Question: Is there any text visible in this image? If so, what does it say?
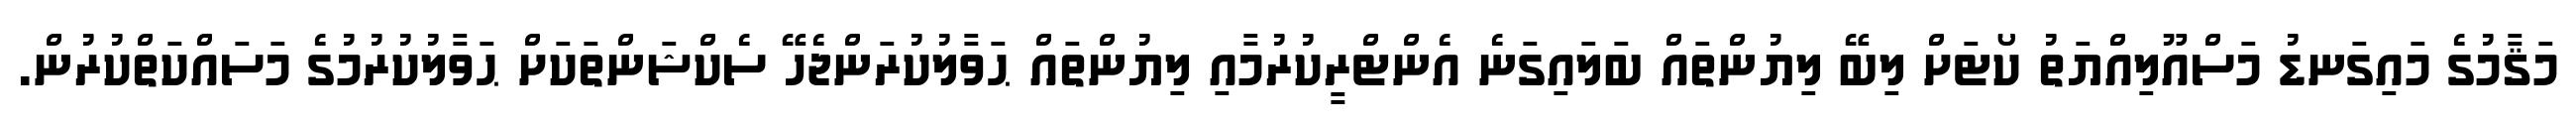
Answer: މަޤާމުގެ މައިގަނޑު މަސްއޫލިއްޔަތު ކޯޓަށް ލިބޭ ލިޔުންތައް ބަލައިގަނެ އެންޓްރީކުރުމާއި ލިޔުންތައް ޙަވާލުކުރަންޖެހޭ ސެކްޝަންތަކަށް ޙަވާލުކުރުމުގެ މަސައްކަތްކުރުން.